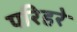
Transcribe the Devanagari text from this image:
परिहरे